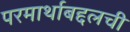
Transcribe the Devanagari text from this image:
परमार्थाबद्दलची